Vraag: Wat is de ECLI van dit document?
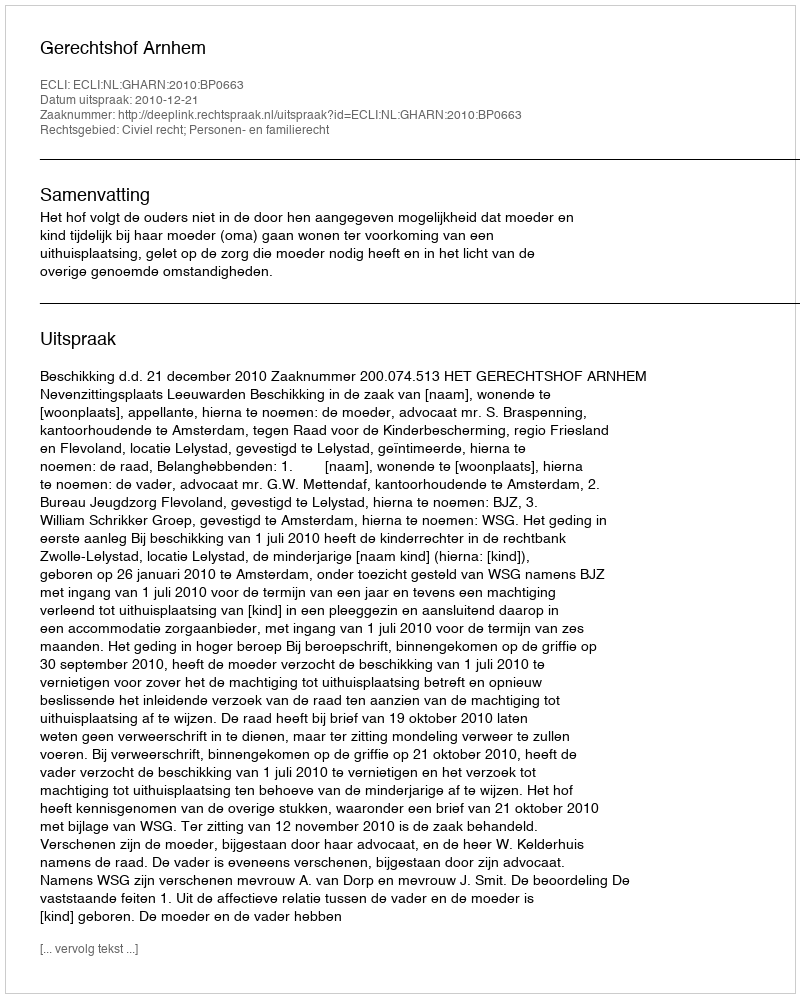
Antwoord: ECLI:NL:GHARN:2010:BP0663